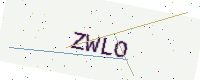
Text: ZWLO